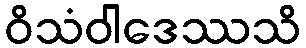
ဝိသံဝါဒေဿသိ